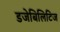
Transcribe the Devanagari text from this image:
डजेबिलिटिज